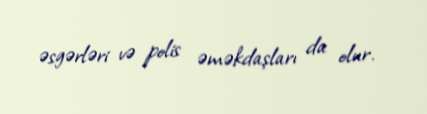
əsgərləri və polis əməkdaşları da olur.